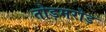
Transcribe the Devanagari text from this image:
तोड़मरोड़